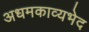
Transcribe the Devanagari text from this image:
अधमकाव्यभेद